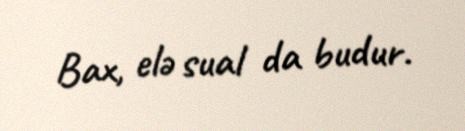
Bax, elə sual da budur.